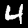
Digit: 4